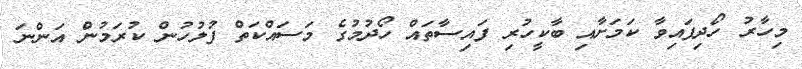
މިހާރު ހޯދިފައިވާ ކަމަށާއި ބާކީހުރި ފައިސާތައް ހޯދުމުގެ މަސައްކަތް ފުލުހުން ކުރަމުން އަންނަ